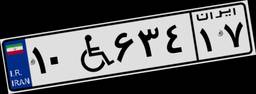
۱۰W۶۳۴۱۷